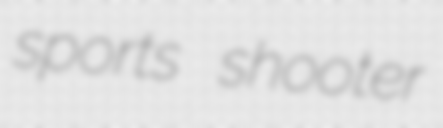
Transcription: sports shooter